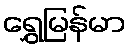
ရွှေမြန်မာ